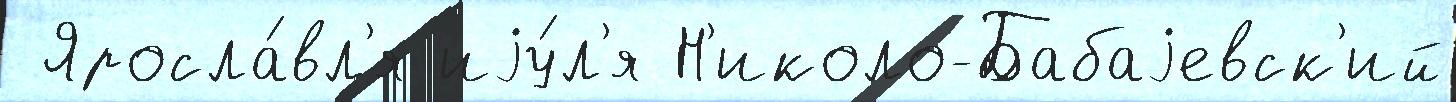
 Яросла́вл'я иjу́л'я Н'иколо-Бабаjевск'ий